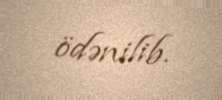
ödənilib.